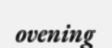
ovening